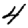
Digit: 4